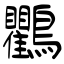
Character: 鸜